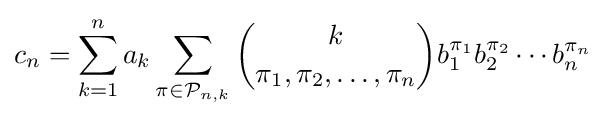
c_{n}=\sum _{k=1}^{n}a_{k}\sum _{\mathbf {\pi } \in {\mathcal {P}}_{n,k}}{\binom {k}{\pi _{1},\pi _{2},\ldots ,\pi _{n}}}b_{1}^{\pi _{1}}b_{2}^{\pi _{2}}\cdots b_{n}^{\pi _{n}}